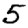
Digit: 5